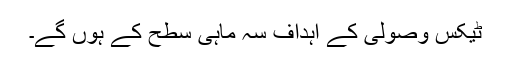
ٹیکس وصولی کے اہداف سہ ماہی سطح کے ہوں گے۔